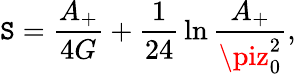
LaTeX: \mathtt{S}={\frac{{A_{+}}}{{4G}}}+{\frac{{1}}{{24}}}\ln{\frac{{A_{+}}}{{\piz_{0}^{2}}}},